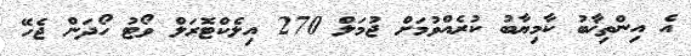
އެ އިންތިޚާބު ކާމިޔާބު ކުރެއްވުމަށް ޖުމަލް 270 އިލެކްޓޮރަލް ވޯޓު ހޯދަން ޖެހޭ